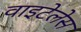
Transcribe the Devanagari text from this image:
वाइटेलेस